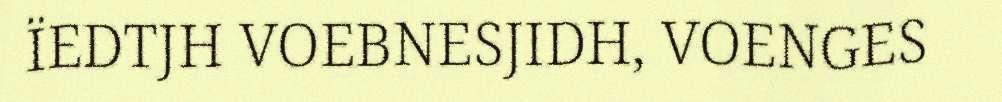
ÏEDTJH VOEBNESJIDH, VOENGES